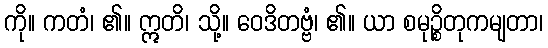
ကို။ ကတံ၊ ၏။ ဣတိ၊ သို့။ ဝေဒိတဗ္ဗံ၊ ၏။ ယာ စမုဉ္စိတုကမျတာ၊